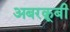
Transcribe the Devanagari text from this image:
अबरक्रूबी